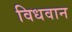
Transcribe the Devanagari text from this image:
विधवान